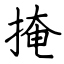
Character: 掩